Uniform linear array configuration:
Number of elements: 48
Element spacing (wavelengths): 0.25
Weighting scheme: hamming
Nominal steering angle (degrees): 30
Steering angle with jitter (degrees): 29.762
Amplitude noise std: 0.05
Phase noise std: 0.05

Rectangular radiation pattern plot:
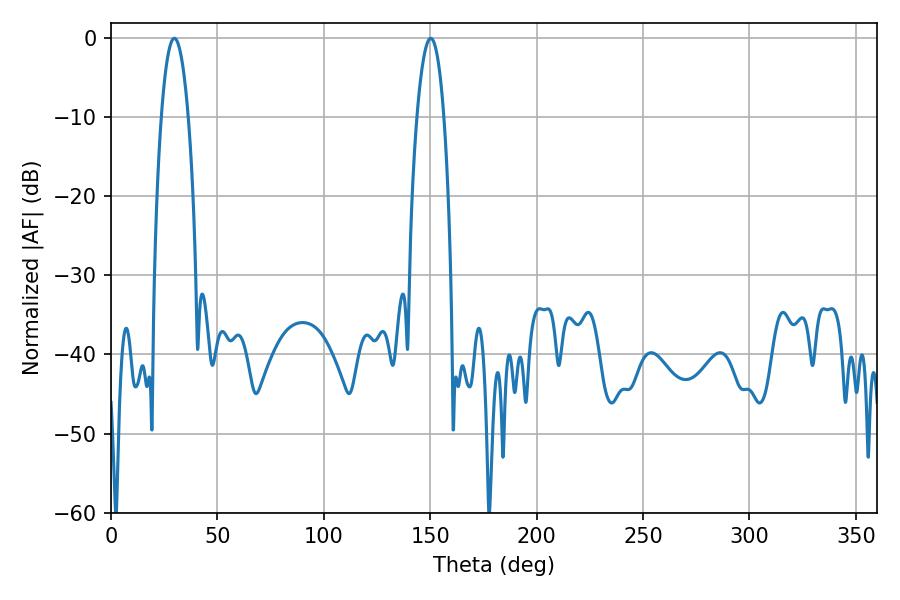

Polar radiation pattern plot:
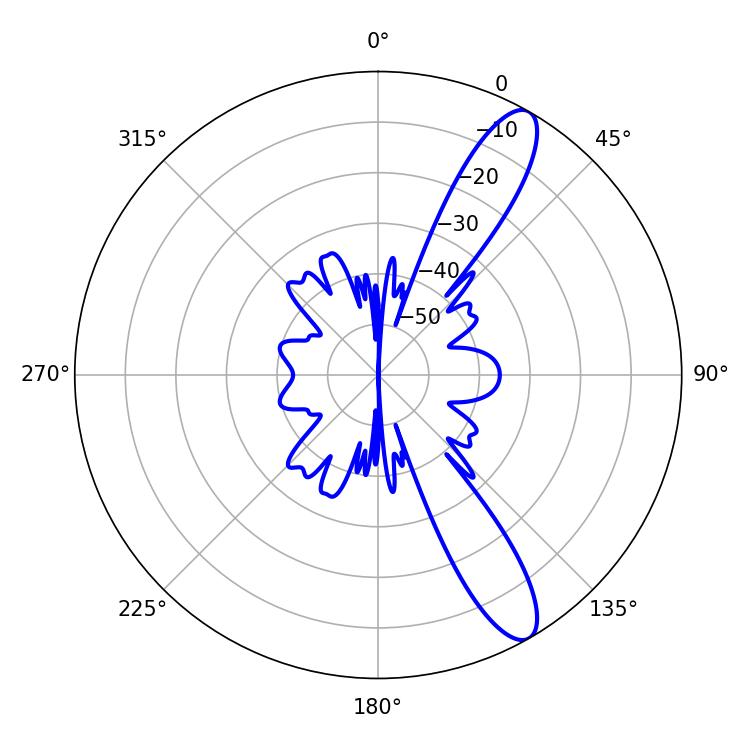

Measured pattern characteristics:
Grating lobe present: FALSE
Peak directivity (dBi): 11.843
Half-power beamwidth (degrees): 7.02
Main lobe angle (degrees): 29.7